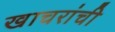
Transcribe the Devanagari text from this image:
खाचरांची